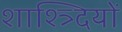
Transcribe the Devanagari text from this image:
शाश्त्र्दियों